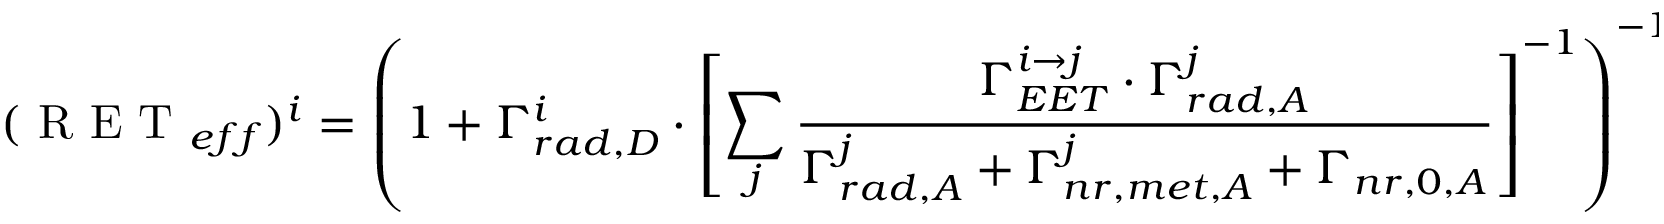
( \mathrm { ~ R ~ E ~ T ~ } _ { e f f } ) ^ { i } = \left( 1 + \Gamma _ { r a d , D } ^ { i } \cdot \left[ \sum _ { j } \frac { \Gamma _ { E E T } ^ { i \to j } \cdot \Gamma _ { r a d , A } ^ { j } } { \Gamma _ { r a d , A } ^ { j } + \Gamma _ { n r , m e t , A } ^ { j } + \Gamma _ { n r , 0 , A } } \right] ^ { - 1 } \right) ^ { - 1 } .